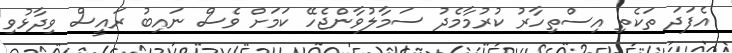
އެފަދަ ތަކެތި އިސްތިހާރު ކުރުމާމެދު ސަމާލުވާންޖެހޭ ކަމަށް ވެސް ނައިބު ރައީސް ވިދާޅުވި